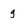
Character: g